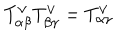
T _ { \alpha \beta } ^ { \vee } T _ { \beta \gamma } ^ { \vee } = T _ { \alpha \gamma } ^ { \vee }